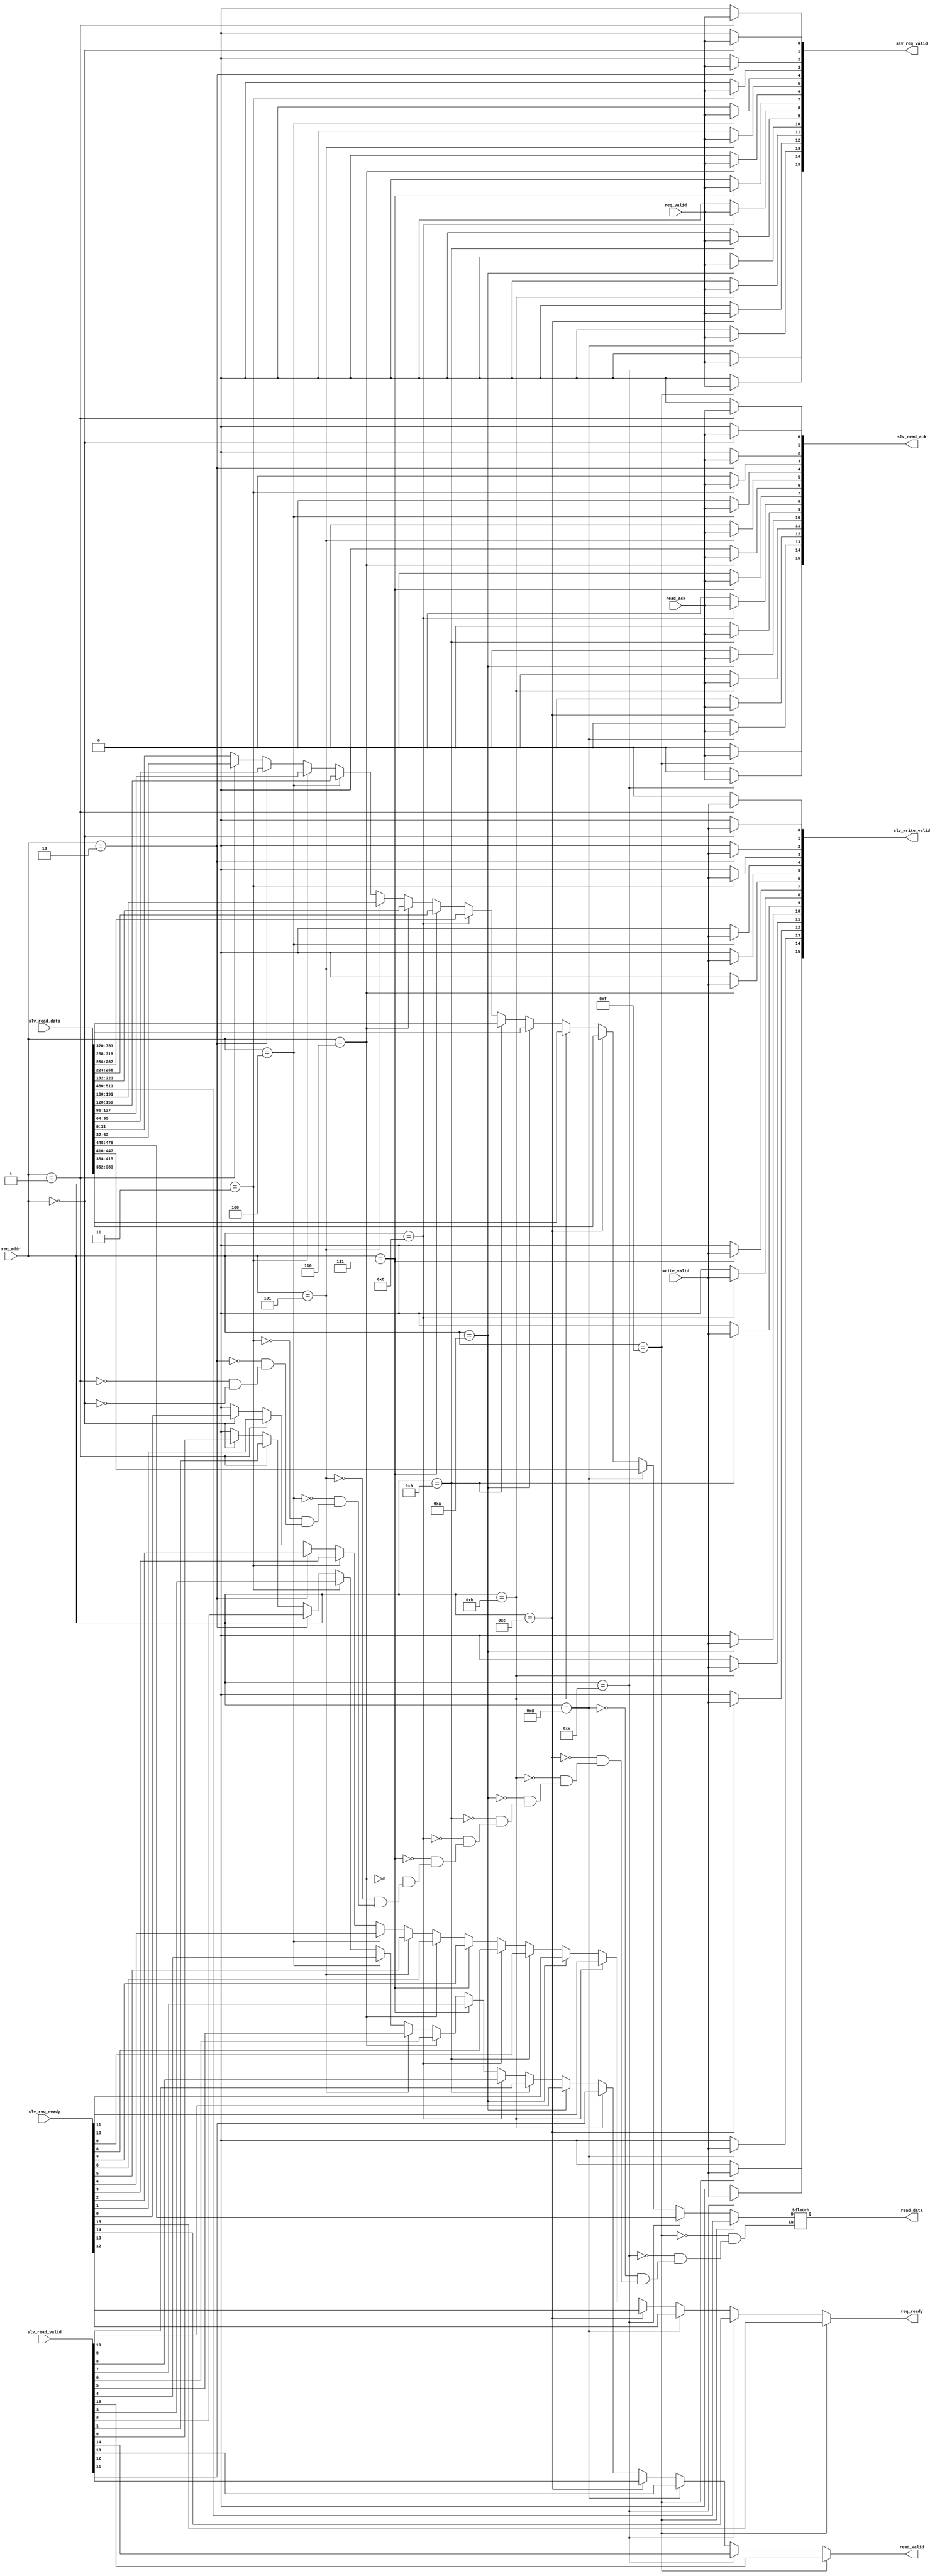
module req_decoder(
	req_valid, req_ready, req_addr,
	write_valid,
	read_ack, read_valid, read_data,

	slv_req_valid, slv_req_ready,
	slv_write_valid,
	slv_read_ack, slv_read_valid, slv_read_data
);

parameter SLAVES = 16;
parameter SW = $clog2(SLAVES);

localparam DW = 32;

input  req_valid;
input  [SW-1:0] req_addr;
output reg req_ready;

input  write_valid;

input  read_ack;
output reg read_valid;
output reg [DW-1:0] read_data;

output reg [SLAVES-1:0] slv_req_valid;
input  [SLAVES-1:0] slv_req_ready;

output reg [SLAVES-1:0] slv_write_valid;

output reg [SLAVES-1:0] slv_read_ack;
input  [SLAVES-1:0] slv_read_valid;
input  [SLAVES*DW-1:0] slv_read_data;

integer i;

always @(*) begin
	req_ready = 0;
	read_valid = 0;
	slv_req_valid = 0;
	slv_write_valid = 0;
	slv_read_ack = 0;
	for (i = 0; i < SLAVES; i = i+1) begin
		if(req_addr == i) begin
			slv_req_valid[i] = req_valid;
			req_ready = slv_req_ready[i];
			slv_write_valid[i] = write_valid;
			slv_read_ack[i] = read_ack;
			read_valid = slv_read_valid[i];
			read_data = slv_read_data[i*DW+:DW];
		end
	end
end

endmodule